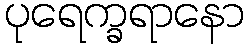
ပုရေက္ခရာနော